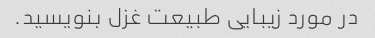
در مورد زیبایی طبیعت غزل بنویسید.